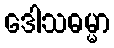
ဒေါသဓမ္မာ